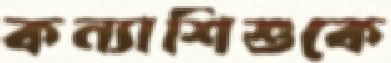
কন্যাশিশুকে